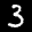
Label: 3